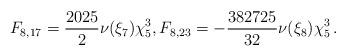
LaTeX: \begin{align*}F_{8,17}=\frac{2025}{2}\nu(\xi_7)\chi_5^3,F_{8,23}=-\frac{382725}{32}\nu(\xi_8)\chi_5^3\,.\end{align*}